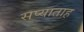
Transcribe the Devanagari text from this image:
सप्याताह